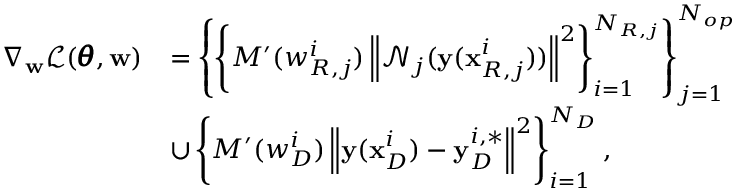
\begin{array} { r l } { \nabla _ { \mathbf { w } } \mathcal { L } ( \pmb { \theta } , \mathbf { w } ) } & { = \left\{ \left\{ { M ^ { \prime } ( w _ { R , j } ^ { i } ) \left\| \mathcal { N } _ { j } ( \mathbf { y } ( \mathbf { x } _ { R , j } ^ { i } ) ) \right\| ^ { 2 } } \right\} _ { i = 1 } ^ { N _ { R , j } } \right\} _ { j = 1 } ^ { N _ { o p } } } \\ & { \cup \left\{ { M ^ { \prime } ( w _ { D } ^ { i } ) \left\| \mathbf { y } ( \mathbf { x } _ { D } ^ { i } ) - \mathbf { y } _ { D } ^ { i , * } \right\| ^ { 2 } } \right\} _ { i = 1 } ^ { N _ { D } } , } \end{array}